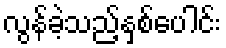
လွန်ခဲ့သည့်နှစ်ပေါင်း